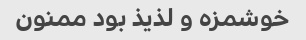
خوشمزه و لذیذ بود ممنون